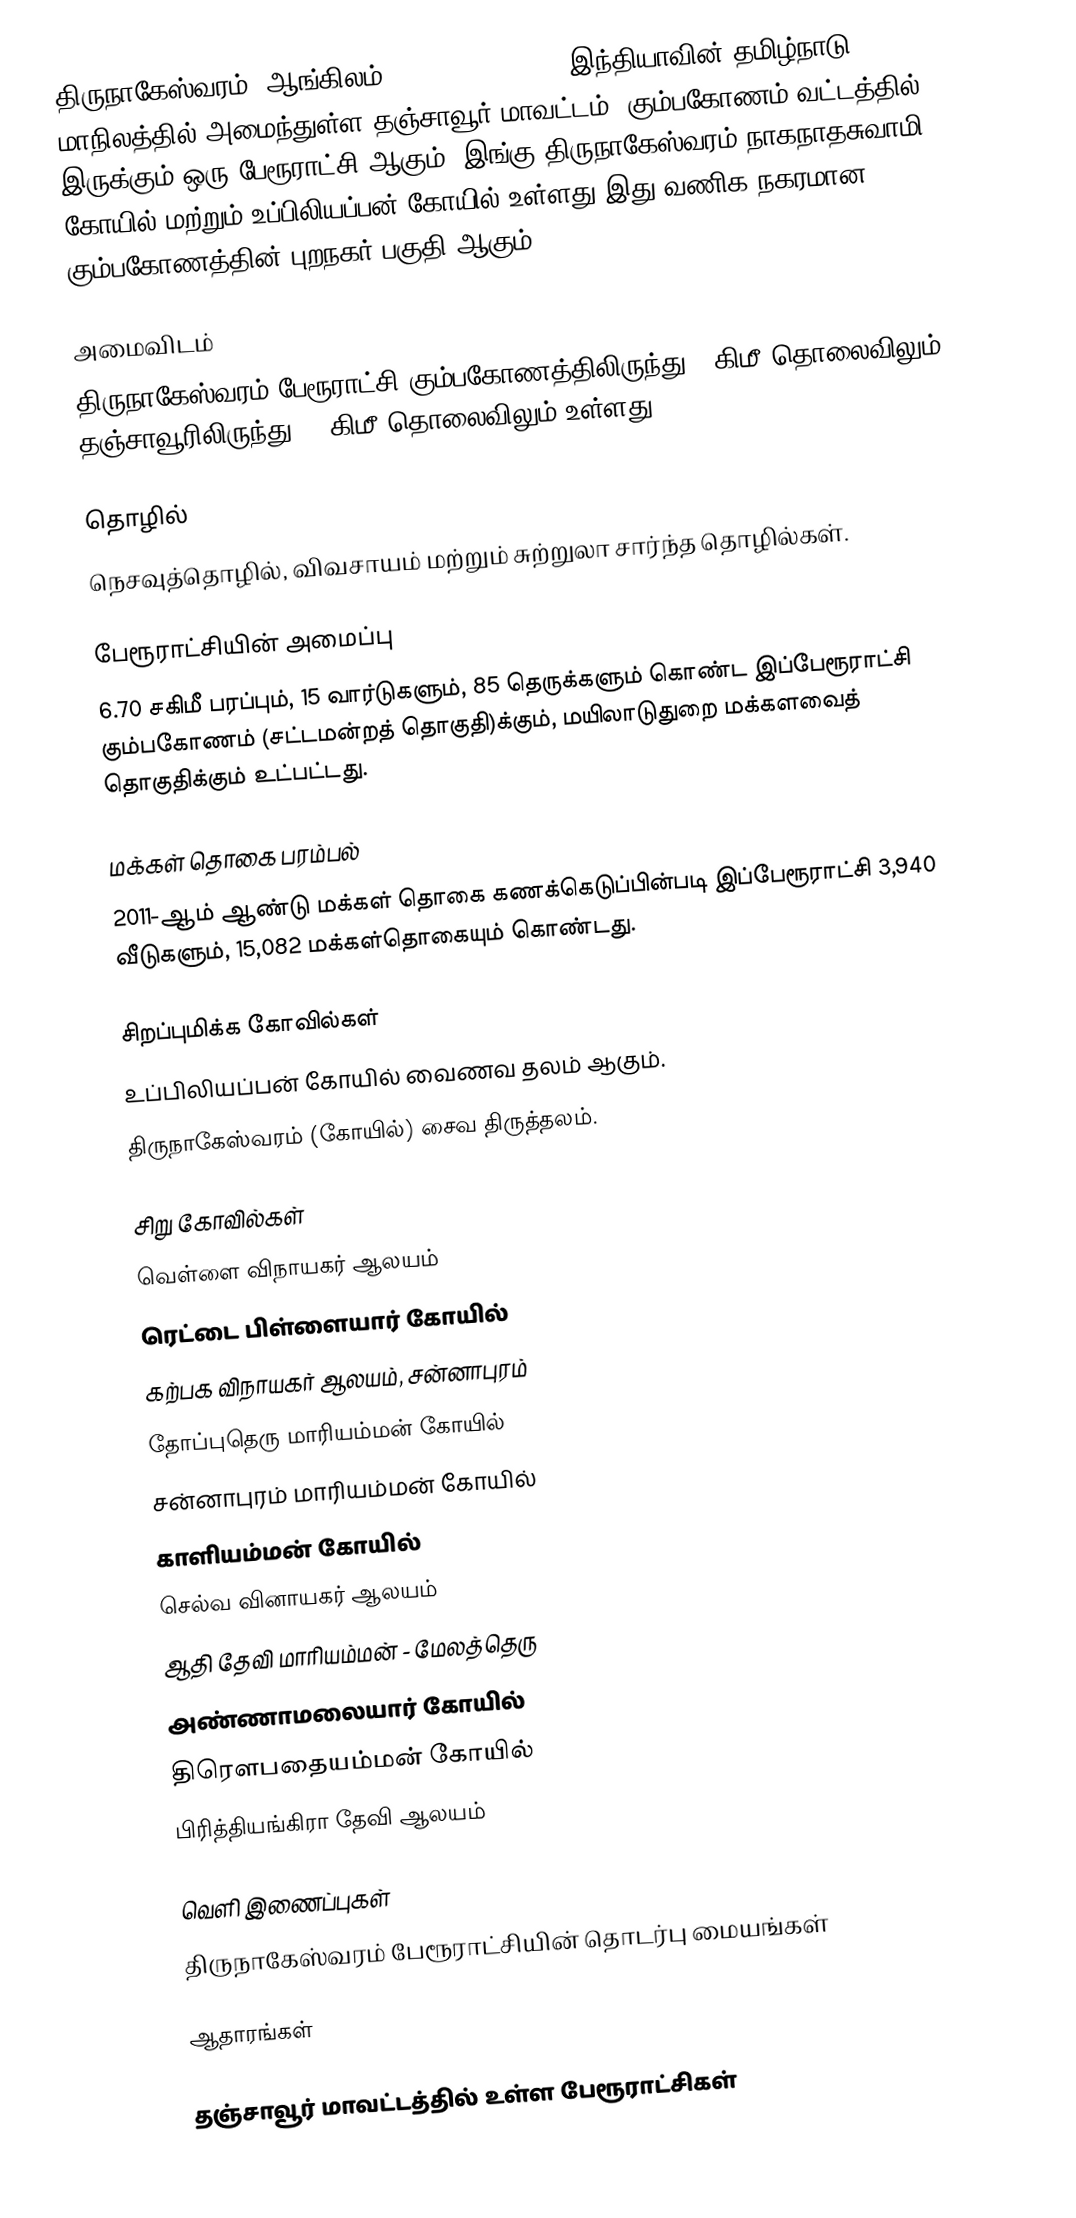
திருநாகேஸ்வரம் (ஆங்கிலம்:Thirunageswaram), இந்தியாவின் தமிழ்நாடு மாநிலத்தில் அமைந்துள்ள தஞ்சாவூர் மாவட்டம், கும்பகோணம் வட்டத்தில் இருக்கும் ஒரு பேரூராட்சி ஆகும். இங்கு திருநாகேஸ்வரம் நாகநாதசுவாமி கோயில் மற்றும்  உப்பிலியப்பன் கோயில் உள்ளது.இது வணிக நகரமான கும்பகோணத்தின் புறநகர் பகுதி ஆகும்

அமைவிடம்
திருநாகேஸ்வரம் பேரூராட்சி கும்பகோணத்திலிருந்து 7 கிமீ தொலைவிலும், தஞ்சாவூரிலிருந்து 40 கிமீ தொலைவிலும் உள்ளது.

தொழில்
நெசவுத்தொழில், விவசாயம் மற்றும் சுற்றுலா சார்ந்த தொழில்கள்.

பேரூராட்சியின் அமைப்பு
6.70 சகிமீ பரப்பும்,  15  வார்டுகளும்,   85  தெருக்களும் கொண்ட இப்பேரூராட்சி  கும்பகோணம் (சட்டமன்றத் தொகுதி)க்கும், மயிலாடுதுறை மக்களவைத் தொகுதிக்கும் உட்பட்டது.

மக்கள் தொகை பரம்பல்
2011-ஆம் ஆண்டு மக்கள் தொகை கணக்கெடுப்பின்படி  இப்பேரூராட்சி  3,940    வீடுகளும், 15,082 மக்கள்தொகையும் கொண்டது.

சிறப்புமிக்க கோவில்கள்
 உப்பிலியப்பன் கோயில்  வைணவ தலம்   ஆகும்.
 திருநாகேஸ்வரம் (கோயில்) சைவ திருத்தலம்.

சிறு கோவில்கள்
 வெள்ளை விநாயகர் ஆலயம்
 ரெட்டை பிள்ளையார் கோயில்
கற்பக விநாயகர் ஆலயம், சன்னாபுரம்
 தோப்புதெரு மாரியம்மன் கோயில்
 சன்னாபுரம் மாரியம்மன் கோயில்
 காளியம்மன் கோயில்
 செல்வ வினாயகர் ஆலயம்
 ஆதி தேவி மாரியம்மன் - மேலத்தெரு
 அண்ணாமலையார் கோயில்
 திரௌபதையம்மன் கோயில்
 பிரித்தியங்கிரா தேவி ஆலயம்

வெளி இணைப்புகள்
 திருநாகேஸ்வரம் பேரூராட்சியின் தொடர்பு மையங்கள்

ஆதாரங்கள்

தஞ்சாவூர் மாவட்டத்தில் உள்ள பேரூராட்சிகள்